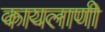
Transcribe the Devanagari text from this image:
कायलाणी